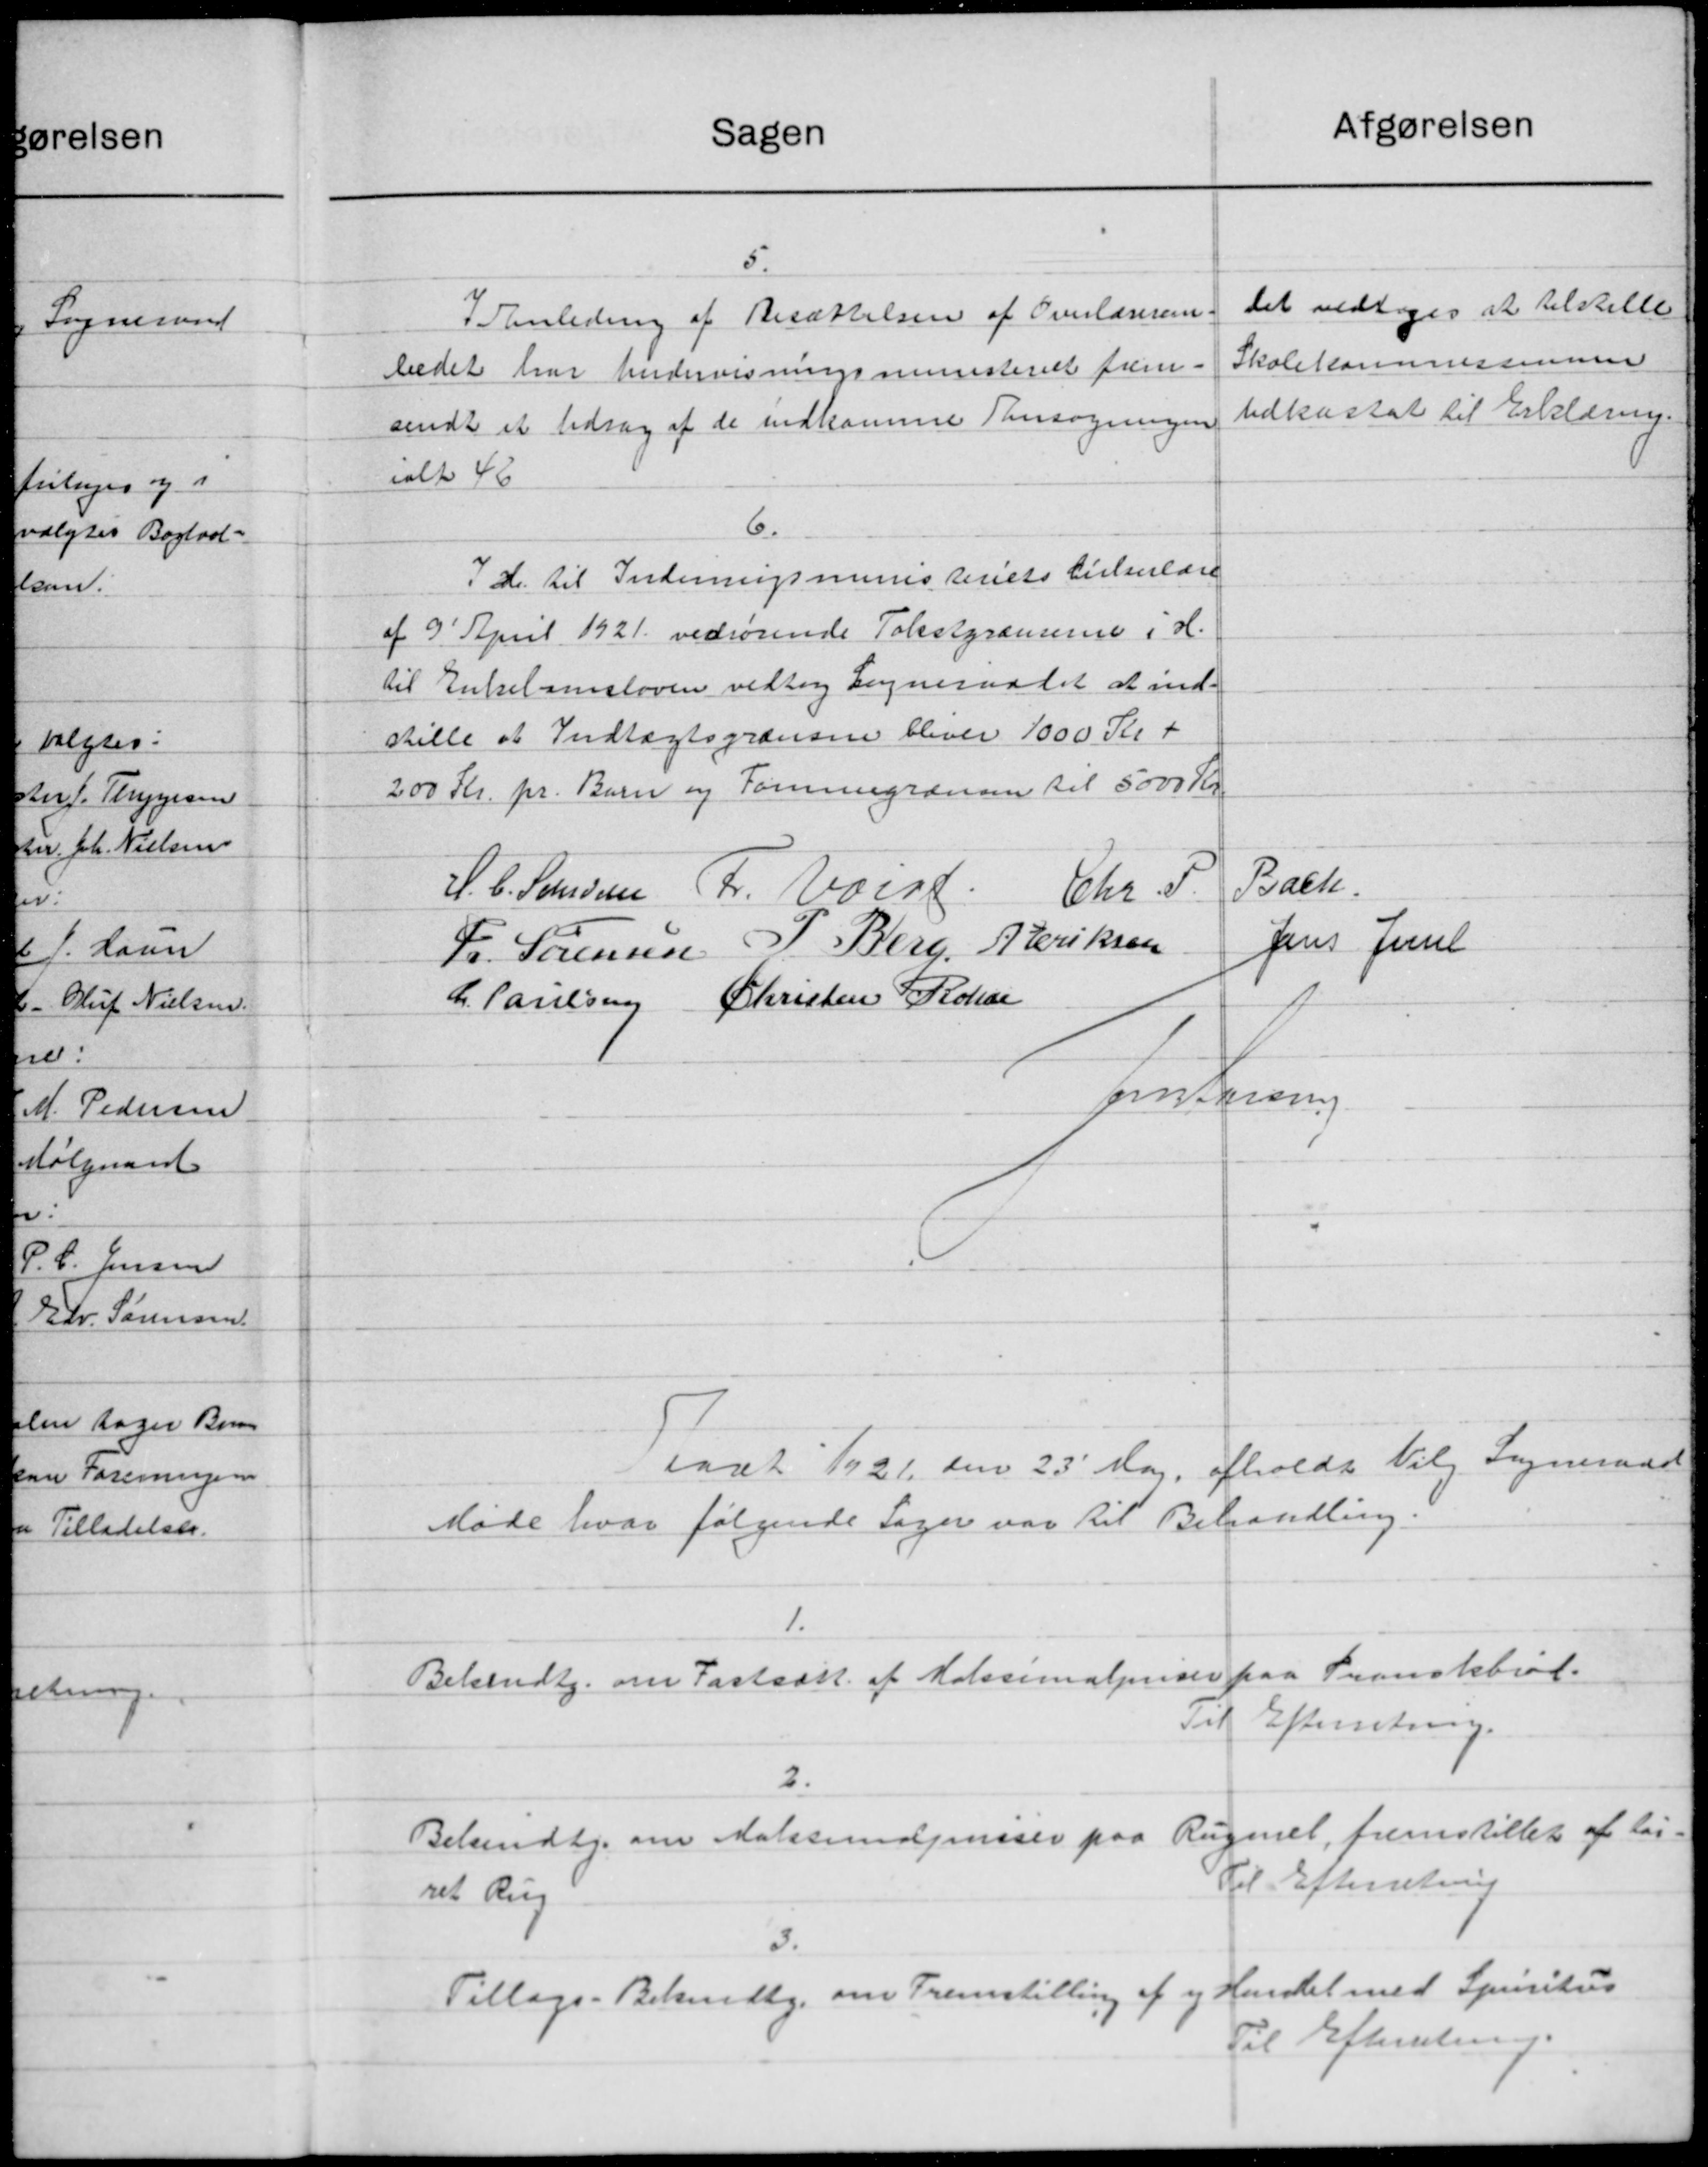
Transskription:
Afgørelsen
Sagen
5.
Det vedtoges at tilstille
I Anledning af Besættelsen af Overlæreren.
Skolekommissionen
bedet har Undervisningsministeriet frem-
Udkasset til Erklæring.
sendt et bidrag af de indkomme Ansøgningen
ialt 46
6.
d. til Indenrigsministeriets Cirkulære
af 9' April 1921 vedrørende Tolstgræmerne i H.
til Enkel omsloven vedtog Sogneraadet at ind-
stille at Indtægtsgrænsen bliver 1000 Kr +
200 Kr. pr. Barn og Formuegrænsen til 5000 Kr.
Bach.
H. C. Sandsen Fr. Voigt Chr. F.
Jens Juul
Fr. Sørensen P. Berg, Beriksen
Christen  Rokar
C. Poulsen
Jrn Larsen
saat 1921 den 23' Maj afholdt Vilg. Sogneraad
Møde hvor følgende Sager var til Behandling.
Bekendtg. om Fastsætt. af Halssimalpriser paa Transkbrød.
Til Efterretning.
2.
Bekendtg. om Malssundeensser paa Rugmet, fremstillet af lej-
Til Efterretning
ret Rug
3.
Handel med Spiritus
Tillægs- Behandlg. om Fremstilling af og
Til Efterretning.